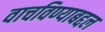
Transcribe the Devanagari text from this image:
वाचविण्याबद्दल